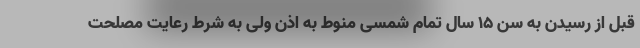
قبل از رسیدن به سن ۱۵ سال تمام شمسی منوط به اذن ولی به شرط رعایت مصلحت